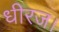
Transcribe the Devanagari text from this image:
धीरज।